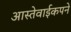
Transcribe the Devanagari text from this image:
आस्तेवाईकपने